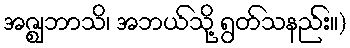
အဇ္ဈဘာသိ၊ အဘယ်သို့ ရွတ်သနည်း။)